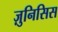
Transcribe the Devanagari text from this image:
ज़ुनिसिस